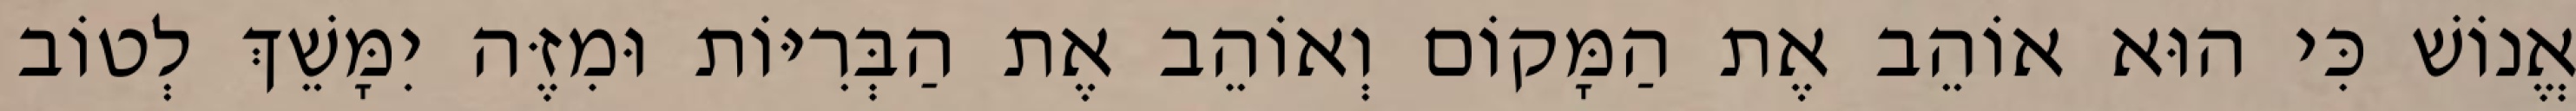
אֱנוֹשׁ כִּי הוּא אוֹהֵב אֶת הַמָּקוֹם וְאוֹהֵב אֶת הַבְּרִיּוֹת וּמִזֶּה יִמָּשֵׁךְ לְטוֹב